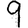
Digit: 9